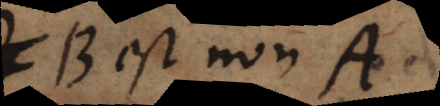
B est non A.